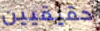
حقيقيين